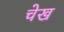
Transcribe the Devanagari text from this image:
चेख